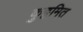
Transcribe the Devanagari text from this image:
कुट्टमित